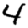
Digit: 4